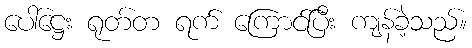
ပေါ်ဋ္ဌေး ရုတ်တ ရက် ကြောင်ပြီး ကျန်ခဲ့သည်။